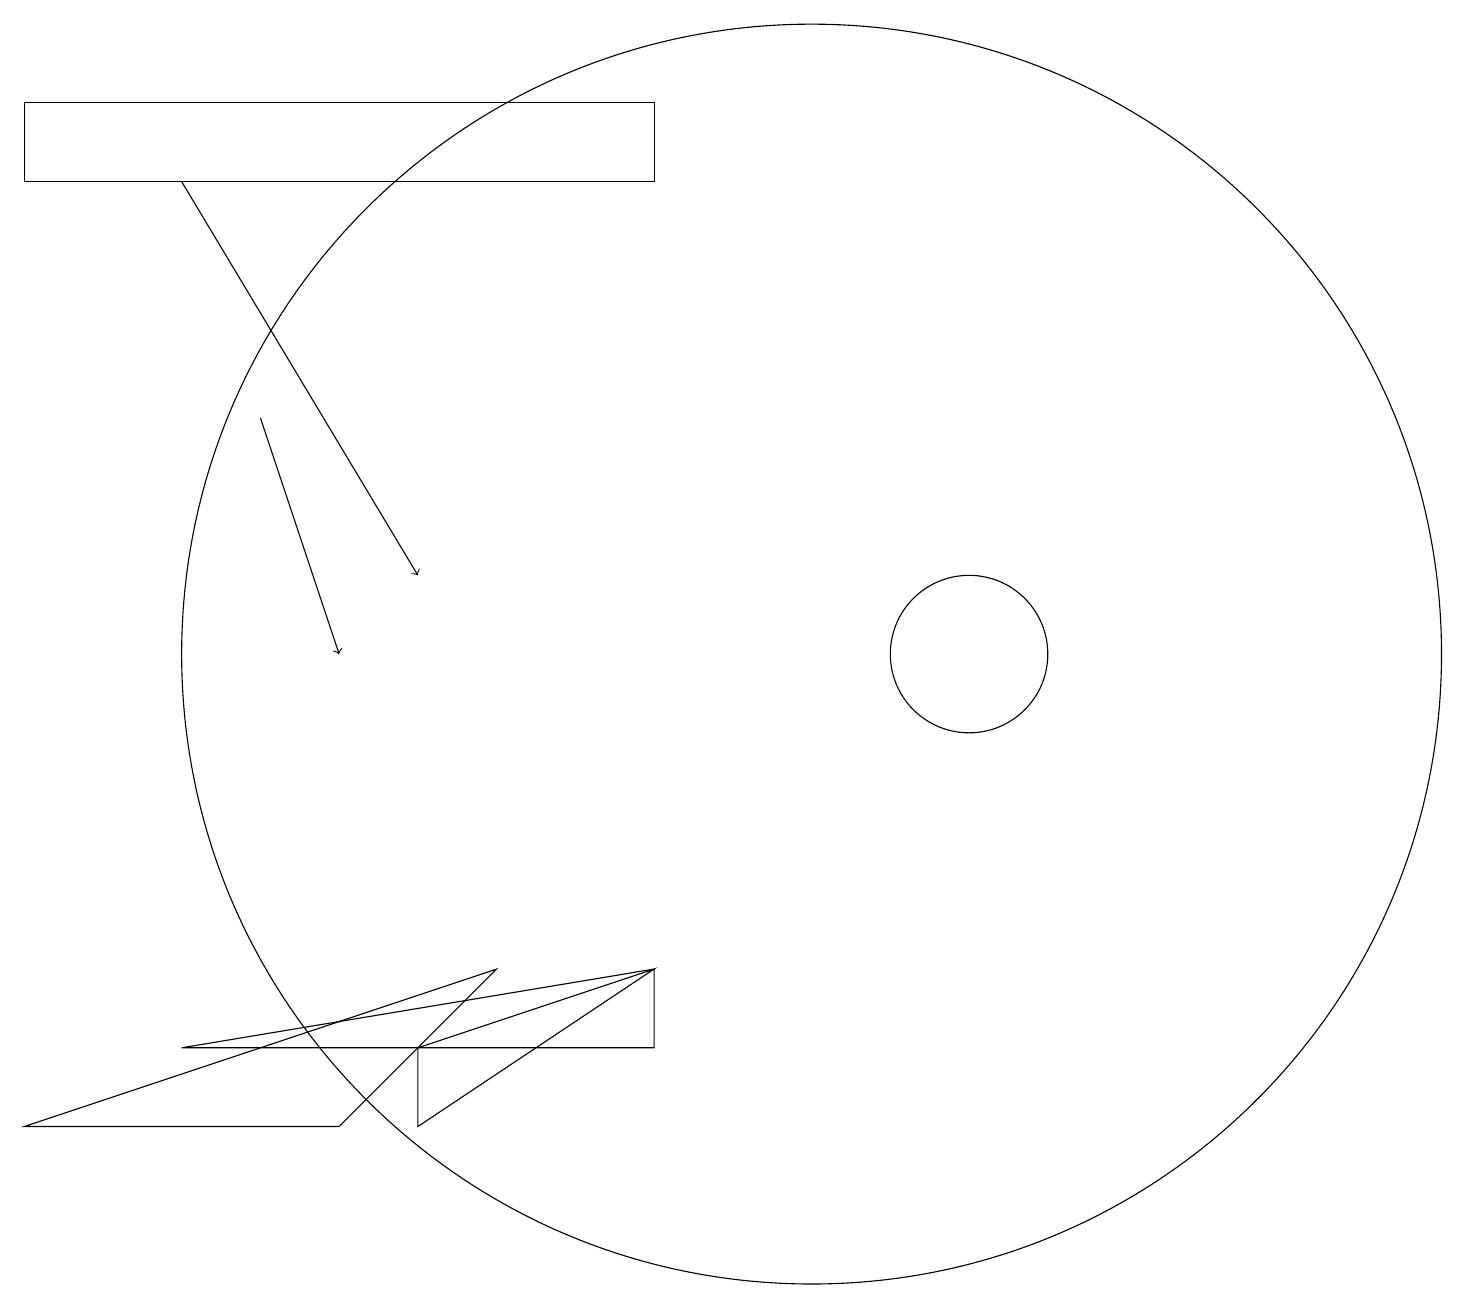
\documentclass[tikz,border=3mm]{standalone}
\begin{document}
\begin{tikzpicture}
\draw (10,10) circle (8);
\draw (8,17) rectangle (0,16);
\draw (2,5) -- (8,5) -- (8,6) -- cycle;
\draw (6,6) -- (4,4) -- (0,4) -- cycle;
\draw (5,5) -- (8,6) -- (5,4) -- cycle;
\draw[->] (3,13) -- (4,10);
\draw (12,10) circle (1);
\draw[->] (2,16) -- (5,11);
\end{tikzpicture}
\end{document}